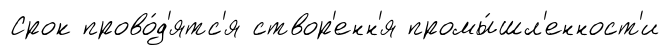
Срок прово́д'ятс'я створ'енн'я промы́шл'енност'и